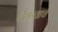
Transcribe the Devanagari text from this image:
चैतन्याचे